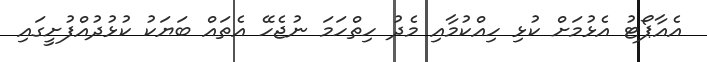
އެއާޕޯޓު އެޅުމަށް ކުޅި ހިއްކުމާއި މެދު ހިތްހަމަ ނުޖެހޭ އެތައް ބަޔަކު ކުޅުދުއްފުށީގައި